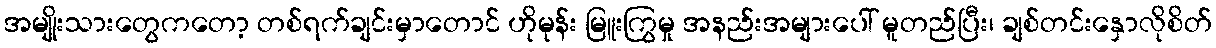
အမျိုးသားတွေကတော့ တစ်ရက်ချင်းမှာတောင် ဟိုမုန်း မြူးကြွမှု အနည်းအများပေါ် မူတည်ပြီး၊ ချစ်တင်းနှောလိုစိတ်